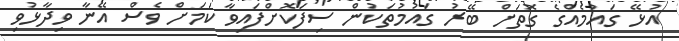
އުޅޭ ގައުމެއްގެ ގޮތަށް ބޭރު ގައުމުތަކުން ސިފަކޮށްފައިވާ ކަމަށް ވެސް އޭނާ ވިދާޅުވި